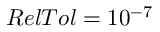
R e l T o l = 1 0 ^ { - 7 }